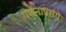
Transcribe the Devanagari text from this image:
गणनाप्रसंगे